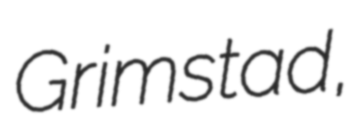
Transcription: Grimstad,